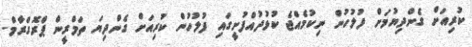
ކުރިއަށް ގެންދިޔުމަށް ފުލުހުން ނިކުމެއްޖެ ކުޅުދުއްފުށީގައި ފުލުހުން ކުރިއަށް ގެންދިޔަ ތަމްރީން ޕްރޮގްރާމް.